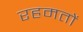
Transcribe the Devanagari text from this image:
रहमतों